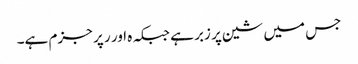
جس میں شین پر زبر ہے جبکہ ہ اور ر پر جزم ہے۔